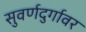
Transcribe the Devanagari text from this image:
सुवर्णदुर्गावर